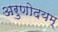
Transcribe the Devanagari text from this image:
अरुणोदयम्